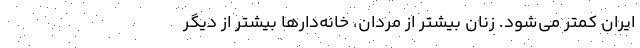
ایران کمتر می‌شود. زنان بیشتر از مردان، خانه‌دارها بیشتر از دیگر